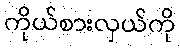
ကိုယ်စားလှယ်ကို